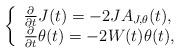
LaTeX: \begin{align*}\left \{ \begin{array}{l}\frac{\partial }{\partial t}J(t)=-2JA_{J,\theta }(t),\\ \frac{\partial }{\partial t}\theta (t)=-2W(t)\theta (t),\end{array}\right. \end{align*}